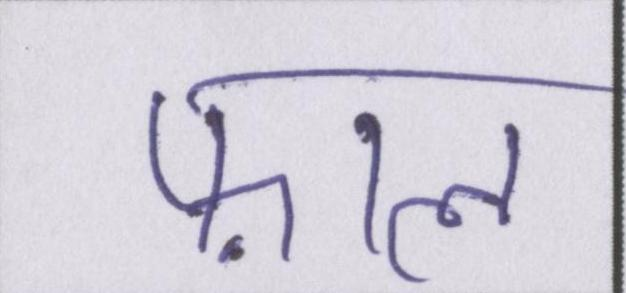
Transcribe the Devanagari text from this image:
फ़ाल